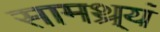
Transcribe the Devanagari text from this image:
सामथ्र्यं